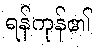
ရန်ကုန်၏